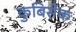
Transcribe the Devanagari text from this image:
कुबिसेक